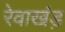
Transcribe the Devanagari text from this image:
रेवाखंड़